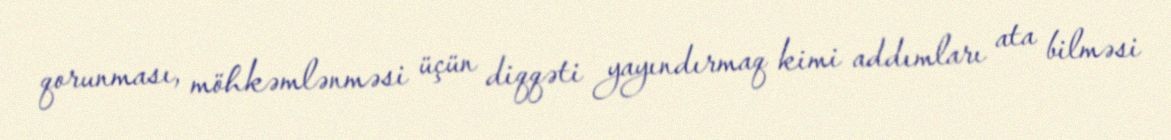
qorunması, möhkəmlənməsi üçün diqqəti yayındırmaq kimi addımları ata bilməsi